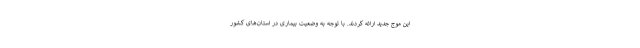
این موج جدید ارائه کردند. با توجه به وضعیت بیماری در استان‌های کشور